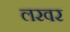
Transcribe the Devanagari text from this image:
लरवर